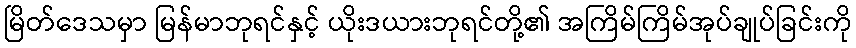
မြိတ်ဒေသမှာ မြန်မာဘုရင်နှင့် ယိုးဒယားဘုရင်တို့၏ အကြိမ်ကြိမ်အုပ်ချုပ်ခြင်းကို